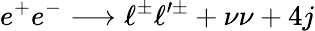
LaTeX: e^{+}e^{-}\longrightarrow\ell^{\pm}\ell^{\prime\pm}+\nu\nu+4j